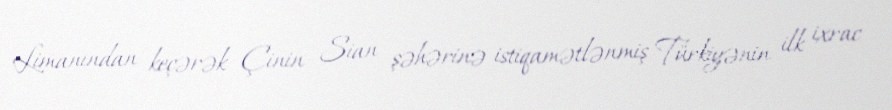
Limanından keçərək Çinin Sian şəhərinə istiqamətlənmiş Türkiyənin ilk ixrac